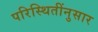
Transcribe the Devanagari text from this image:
परिस्थितींनुसार